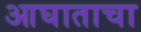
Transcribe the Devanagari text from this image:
आघाताचा